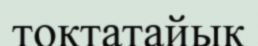
тоқтатайық